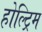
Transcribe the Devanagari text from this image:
होल्ट्रिम